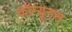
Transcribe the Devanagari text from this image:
कॉम्यूनस